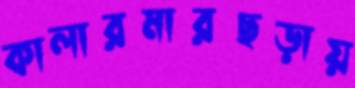
কালারমারছড়ায়